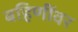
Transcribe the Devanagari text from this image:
बहिणींवर